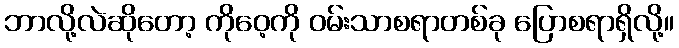
ဘာလို့လဲဆိုတော့ ကိုဝေ့ကို ဝမ်းသာစရာတစ်ခု ပြောစရာရှိလို့။